Calcutta medical institutions reports 1892-1900
Year: 1892
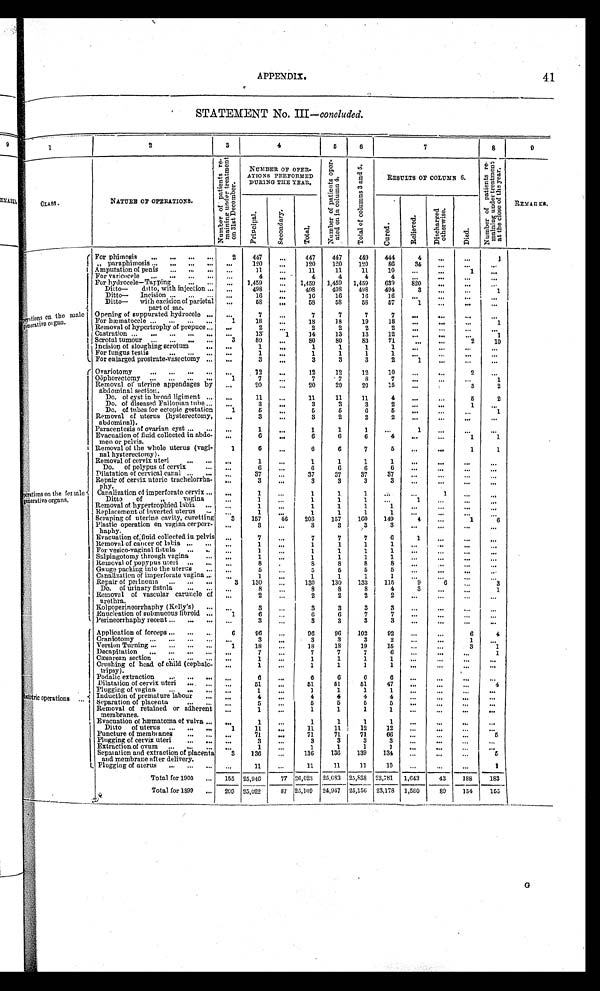
9
1
STATEMENT No. III—concluded.
3
2
4
6
6
7
8
0
on the male
trans
ienerative ca gun.
APPENDIX.
41
e
NUMBER OP OPER-
ATIONS PERFORMED
DURING TILE TEAR.
RESULTS OR COLUMN 6.
a.
NATURE OP OPERATIONS.
FE1
sz 8
„
rci 0
RE1TAn vt.
O §
bir:1
74,
ce,
O'4§
Li
a
O
'g
•
TS
a
:14°,
q
e
011ss .
rations on the lei tale
- iierative organs.
( For phiinosis
...
..,
...
2
447
0.•
447
447
449
444
4
I „ paraphini osis ...
...
...
...
120
.0.
120
120
120
86
34
I Amputation of penis
...
..,
...
For varicocele.
11
4
11
0811
4
11
4
11.
4
10
4
1
• I •
For hydrocele—Tapping
Ditto—
ditto, with injection ...
Ditto—
Incision ...
...
...
I
Ditto—
with excision of parietal
j
part of sac.
1,459
498
16
58
1,459
498
16
58
1,459
408
16
58
1,459
498
16
OS
639
494
16
57
820
3
1
•••
1
Opening of suppurated. hydroeele ...
7
7
7
7
7
•••
For hteinatocele ...
...
...
..
1
18
18
18
19
18
1
Removal of hypertrophy of prepuce ...
••••
2
2
2
2
2
Castration ...
...
...
...
...
1
34
13
33
12
•••
1
1 Scrotal tumour ...
...
...
...
I Incision of sloujhing scrotum
•..
I For fungus testis
1. For enlarged prostrate-vasectomy ...
3
80
1
3
80
C. •
1
1
OAS
3
80
1
1
3
83
1
3
71
1
1
2
1
SOO
2
10
Ovariotomy
06phorectomy
Removal of uterine appendages by
abdominal section.
• 1
12
7
20
12
7
20
12
.7
20
12
8
20
10
7
15
OS.
•••
..a
2
3
1
2
Do. of cyst in broad. ligiment
11
11
11
11
4
6
2
Do. of diseased Fallopian tube
Do. of tubes for ectopic gestation
Removal of uterus (hysterectomy,
abdominal).
Paracentesis of ovarian cyst ...
Evacuation of fluid collected in abdo.
men or pelvis.
Removal of the whole uterus (vagi-
nal hysterectomy).
Removal of cervix uteri
1
1
3
6
3
1
6
6
1
3
6
3
1
6
6
1
6
2
1
6
1
3
6
2
1
6
7
1
2
6
2
4
6
1
1
4.0
•••
1
1
1
"1
•1
1
Do. of polypus of cervix
6
6
6
6
6
Dilatation of cervical canal
37
37
37
37
37
Repair of cervix uteric trachelorrha-
ph y.
Canalization of imperforate cervix ...
Ditto
of
II
vagina
Removal of hypertrophied labia
...
Replacement of inverted uterus
--
3
1
1
1
1
3
1
1
1
1
3
1
1
1
1
3
1
1
3
1
1
1
60,11
41(
Scraping of uterine cavity, curetting
Plastic operation on vagina cerporr-
haphy.
3
157
3
46
203
3
157
3
160
3
149
3
4
1
6
Evacuation of:fluid collected in pelvis
Removal of cancer of labia
For vesico-vaginal fistula
Salpingotomy through vagina
Removal of pop'pus uteri ...
7
1
1
8
7
1
1
1
8
7
1
1
1
8
7
1
1
1
8
6
1
1
1
8
1
•
Gauge packing into the uterus
5
5
6
5
5
. • .
Canalization of imperforate vagina
'Of
1
1
1
1
1
Repair of perineum
...
Do. of urinary fistula
3
130
8
130
8
130
8
133
8
115
4
9
3
Removal of vascular =uncle of
urethra.
2
2
2
2
2
•
Kolpoperineorrhaphy (Kelly's)
3
3
3
3
3
Enucleation of submucous fibroid ...
1
6
6
7
7
Perineorrhaphy recent ...
3
3
3
3
3
Application of forceps
96
96
96
102
92
4
Craniotomy
3
3
3
3
2
1
Version Turning
1
18
18
18
19
15
3
Decapitation...
Caesarean section
Crushing of head of child (cephalo.
tipsy).
Podalic extraction
...
Oa
7
1
1
6
7
1
1
6
7
1
1
6
7
1
6
6
1
1
6
1
Dilatation of cervix uteri
....
51
61
51
51
47
4
Plugging of vagina
...
..•
1
1
1
Induction of premature labour
...
4
4
4
4
4
Separation of placenta
Removal of retained or adherent
membranes.
Evacuation of hmmatoma of vulva ...
Ditto of uterus ...
„,
Puncture of nimbi anes
Plugging of cervix uteri
•••
1
5
1
11
71
3
0.•
•011
5
1
1
11
71
3
5
1
1
11.
71
3
6
1
1
12
71
3
1
12
66
3
0,11.
6
Extraction of ovum
...
1
1
1
1
•••
Separation and extraction of placenta
and membrane after delivery.
3
136
136
136
139
134
6
Plugging of uterus
11
11
11
11
10
• • I
1
Total for 1900
155 25,246
77 26,023
25,CS3 25,538 23,781
1,043
43
188
183
Total for 1899
209 25,022
87 25,109
24,947
25,156 23,178 1,510
80
154
155
route operations ...